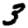
Digit: 3